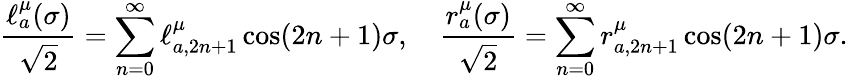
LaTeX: \frac{\ell_{a}^{\mu}(\sigma)}{\sqrt{2}}=\sum_{n=0}^{\infty}\ell_{a,2n+1}^{\mu}\cos(2n+1)\sigma,\quad\frac{r_{a}^{\mu}(\sigma)}{\sqrt{2}}=\sum_{n=0}^{\infty}r_{a,2n+1}^{\mu}\cos(2n+1)\sigma.